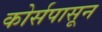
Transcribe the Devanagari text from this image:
कोर्सपासून